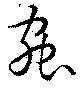
虫